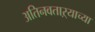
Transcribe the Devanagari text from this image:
अतिनवताऱ्याच्या